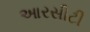
આરસીટી